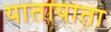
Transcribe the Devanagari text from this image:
यातायाता